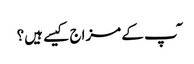
ٓپ کے مزاج کیسے ہیں؟